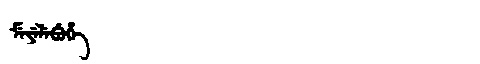
Manchu: ᠮᡝᠶᡝᠯᡝᠪᡠᡥᡝ
Romanization: MEYELEBUHE